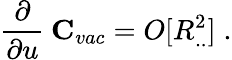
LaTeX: \frac{\partial}{\partial u}\: {\mathbf C}_{vac}=O[R_{..}^{2}]\; .